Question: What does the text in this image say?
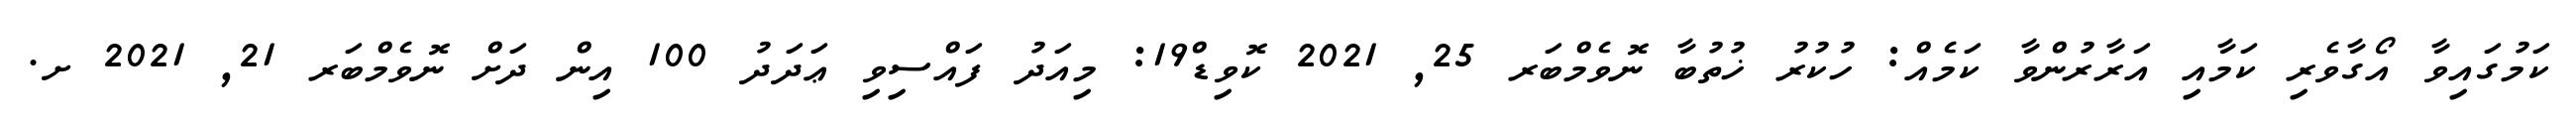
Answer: ކަމުގައިވާ އޯގާވެރި ކަމާއި އަރާރުންވާ ކަމެއް: ހުކުރު ޚުތުބާ ނޮވެމްބަރ 25, 2021 ކޮވިޑް19: މިއަދު ފައްސިވި ޢަދަދު 100 އިން ދަށް ނޮވެމްބަރ 21, 2021 ށ.